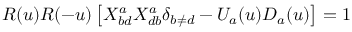
{ \cal R } ( u ) { \cal R } ( - u ) \left[ X _ { b d } ^ { a } X _ { d b } ^ { a } \delta _ { b \neq d } - U _ { a } ( u ) D _ { a } ( u ) \right] = 1